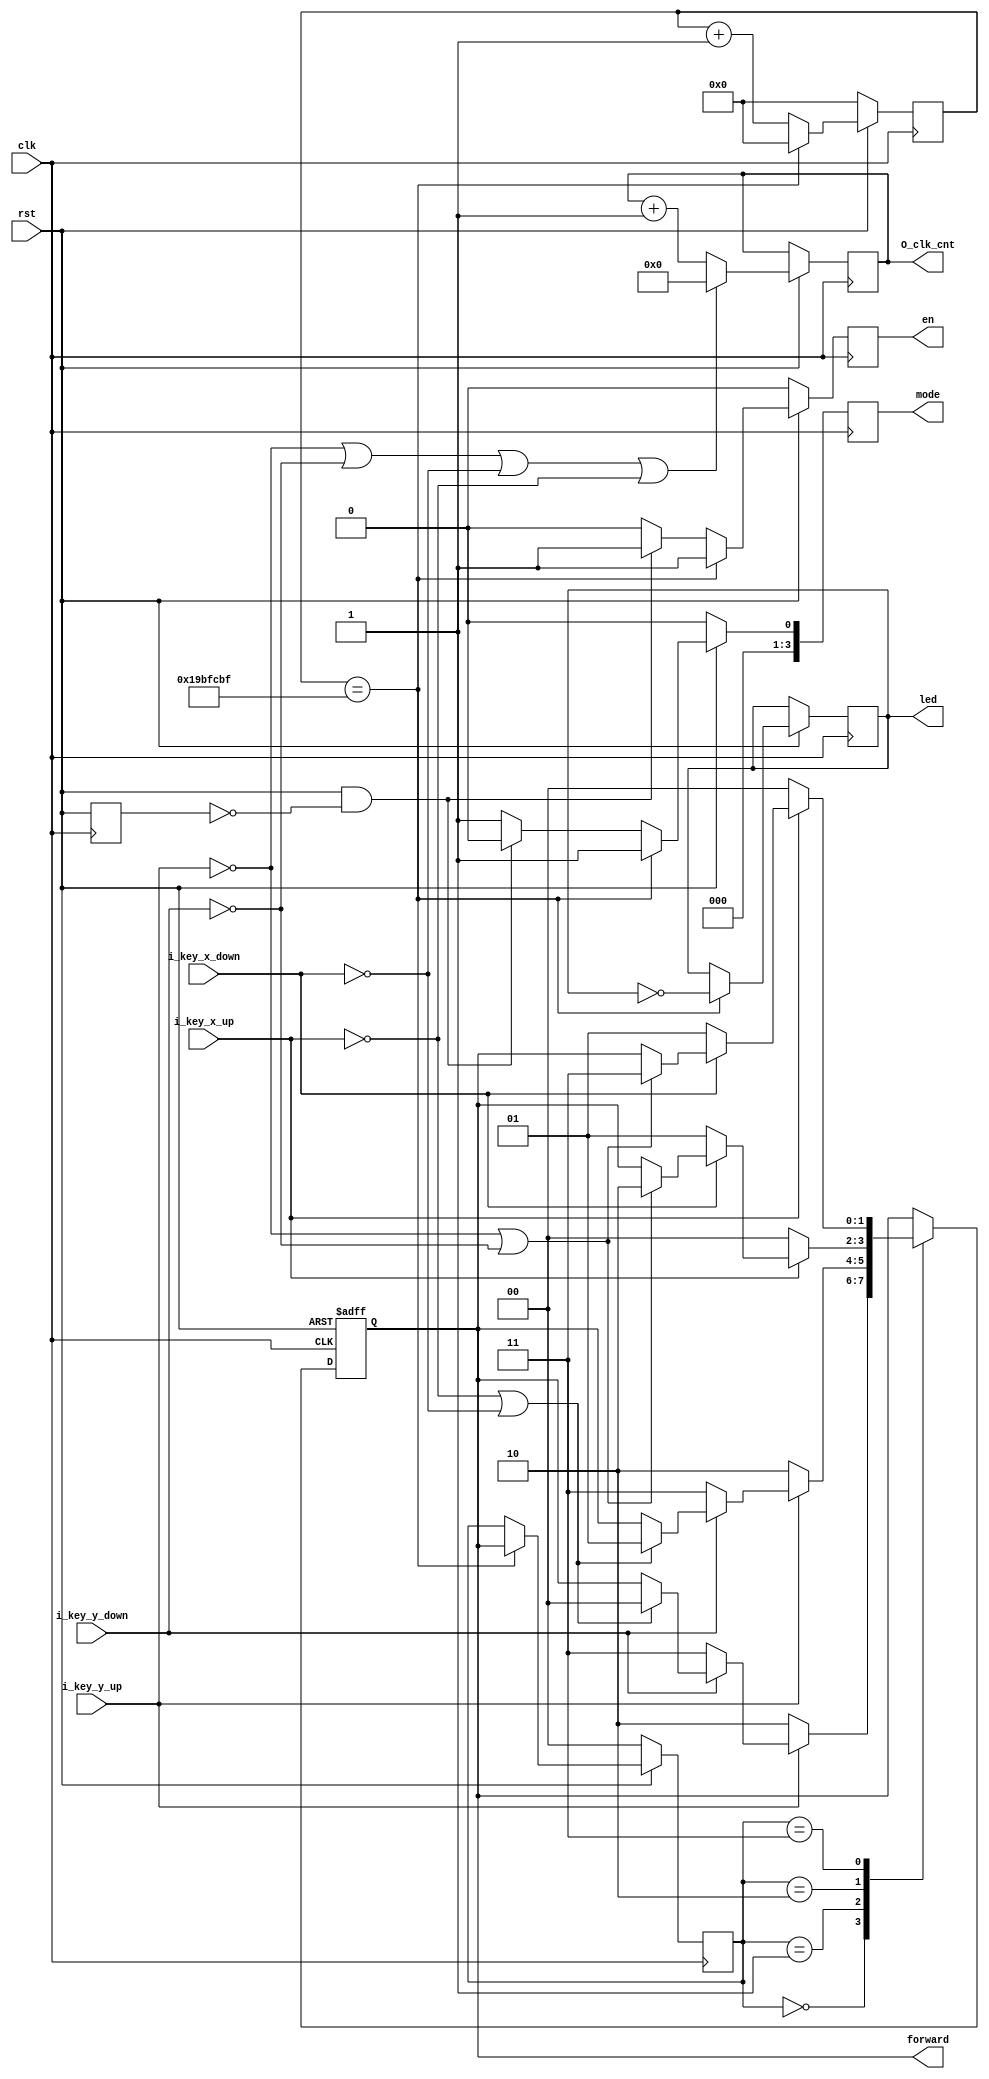
module GreedySnake_key_ctrl(
    input clk,
    input rst,
    input i_key_x_up  ,
    input i_key_x_down,
    input i_key_y_up  ,
    input i_key_y_down,

    output reg en,
    output reg led,
    output wire [1:0]forward,
    output reg [3:0] mode,
    output reg [7:0] O_clk_cnt
);

parameter CLK_1S_DELAY_CNT = 32'd27_000_000;

wire key_x_up   ;
wire key_x_down ;
wire key_y_up   ;
wire key_y_down ;

assign key_x_up   = ~ i_key_x_up   ;
assign key_x_down = ~ i_key_x_down ;
assign key_y_up   = ~ i_key_y_up   ;
assign key_y_down = ~ i_key_y_down ;

localparam
    FORWARD_X_UP    = 2'b00,
    FORWARD_X_DOWN  = 2'b01,
    FORWARD_Y_UP    = 2'b10,
    FORWARD_Y_DOWN  = 2'b11;
localparam
    MODE_UPDATE_POS     = 4'd1,
    MODE_RESET_SNAKE    = 4'd0;

reg [31:0]  clk_cnt;
reg [1:0]   last_forward_reg;
reg [1:0]   i_forward;

wire [1:0]last_forward_wire;
assign last_forward_wire = last_forward_reg;
assign forward = i_forward;

initial begin
    O_clk_cnt <= 0;
    clk_cnt <= 0;
    last_forward_reg <= FORWARD_X_UP;
    i_forward <= FORWARD_X_UP;
    led <= 0;
end


always@(posedge clk or negedge rst)begin
    if(!rst)begin
        i_forward <= FORWARD_X_UP;
    end
    else begin
        if(key_y_up||key_y_down||key_x_down||key_x_up)begin
            O_clk_cnt <= 0;
        end
        else begin
            O_clk_cnt <= O_clk_cnt + 8'd1;
        end
        case(last_forward_wire)
        FORWARD_X_UP:begin
            if(key_y_up)begin
                i_forward <= FORWARD_Y_UP;
            end
            else if(key_y_down)begin
                i_forward <= FORWARD_Y_DOWN;
            end
            else if(key_x_up | key_x_down)begin
                i_forward <= FORWARD_X_UP;
            end
        end
        FORWARD_X_DOWN:begin
            if(key_y_up)begin
                i_forward <= FORWARD_Y_UP;
            end
            else if(key_y_down)begin
                i_forward <= FORWARD_Y_DOWN;
            end
            else if(key_x_up | key_x_down)begin
                i_forward <= FORWARD_X_DOWN;
            end
        end
        FORWARD_Y_UP:begin
            if(key_x_up)begin
                i_forward <= FORWARD_X_UP;
            end
            else if(key_x_down)begin
                i_forward <= FORWARD_X_DOWN;
            end
            else if(key_y_up | key_y_down)begin
                i_forward <= FORWARD_Y_UP;
            end
        end
        FORWARD_Y_DOWN:begin
            if(key_x_up)begin
                i_forward <= FORWARD_X_UP;
            end
            else if(key_x_down)begin
                i_forward <= FORWARD_X_DOWN;
            end
            else if(key_y_up | key_y_down)begin
                i_forward <= FORWARD_Y_DOWN;
            end
        end
        endcase
    end
end

reg rst_before;
wire rst_up_flag;
assign rst_up_flag = rst&&(!rst_before);

always@(posedge clk)begin
    rst_before <= rst;
    if(!rst)begin
        last_forward_reg <= FORWARD_X_UP;
        clk_cnt <= 32'd0;
        en <= 0;
        mode <= MODE_RESET_SNAKE;
    end
    else begin
        if(clk_cnt == CLK_1S_DELAY_CNT - 32'd1)begin
            clk_cnt <= 32'd0;
            en <= 1;
            led <= ~led;
            last_forward_reg <= forward;
            mode <= MODE_UPDATE_POS;
        end
        else begin
            if(rst_up_flag)begin
                en <= 1;
                mode <= MODE_RESET_SNAKE;
            end
            else begin
                en <= 0;
                mode <= MODE_UPDATE_POS;
            end
            clk_cnt <= clk_cnt + 32'd1;
            last_forward_reg <= last_forward_reg;
        end
    end
end

endmodule